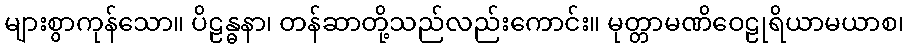
များစွာကုန်သော။ ပိဠန္ဓနာ၊ တန်ဆာတို့သည်လည်းကောင်း။ မုတ္တာမဏိဝေဠုရိယာမယာစ၊